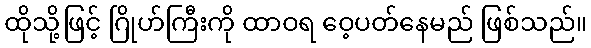
ထိုသို့ဖြင့် ဂြိုဟ်ကြီးကို ထာဝရ ဝေ့ပတ်နေမည် ဖြစ်သည်။